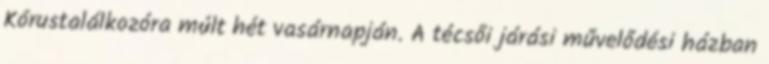
Kórustalálkozóra múlt hét vasárnapján. A técsői járási művelődési házban